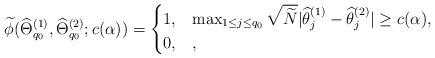
LaTeX: \begin{align*}\widetilde{\phi}(\widehat{\Theta}_{q_0}^{(1)},\widehat{\Theta}_{q_0}^{(2)};c(\alpha))=\begin{cases}1,&\max_{1\leq j\leq q_0}\sqrt{\widetilde{N}}|\widehat{\theta}_{j}^{(1)}-\widehat{\theta}_j^{(2)}|\geq c(\alpha), \\0,&, \end{cases}\end{align*}